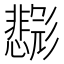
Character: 𱝨